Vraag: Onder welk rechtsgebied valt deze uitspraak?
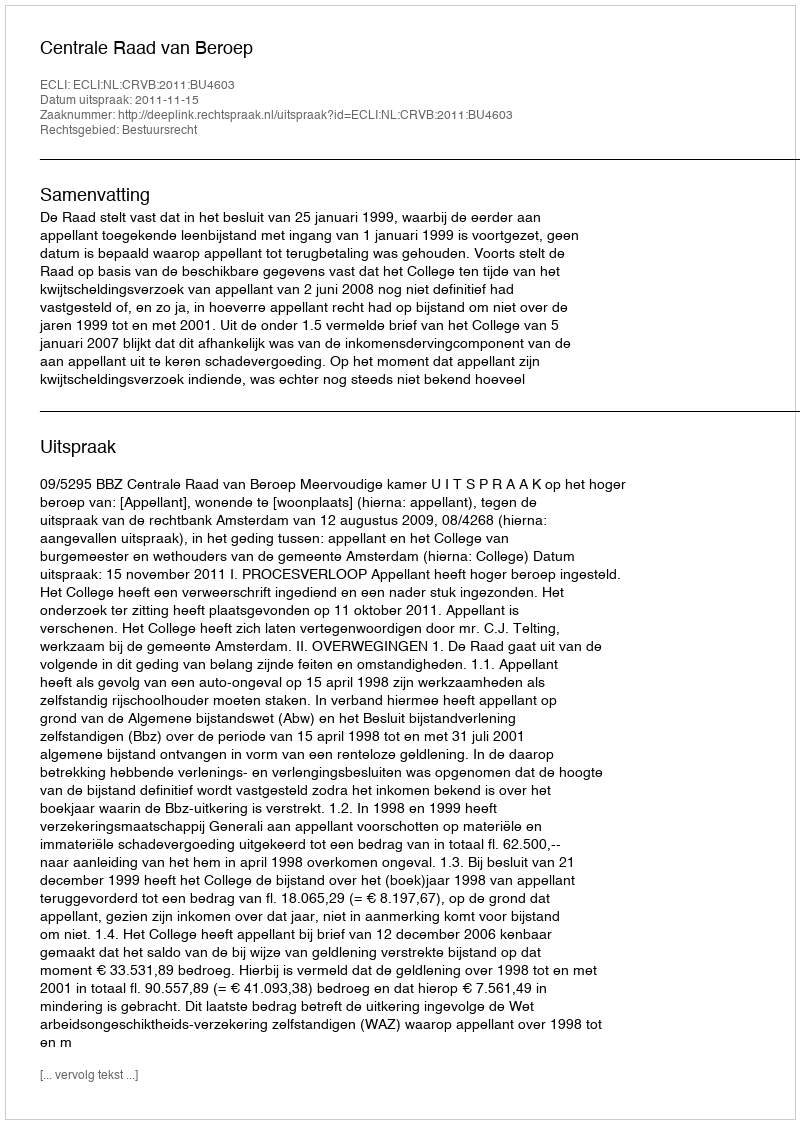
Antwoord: Bestuursrecht